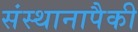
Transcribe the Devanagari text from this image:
संस्थानापैकी